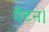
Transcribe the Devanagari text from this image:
पैटन।